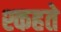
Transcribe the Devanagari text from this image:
श्कहते